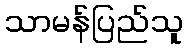
သာမန်ပြည်သူ